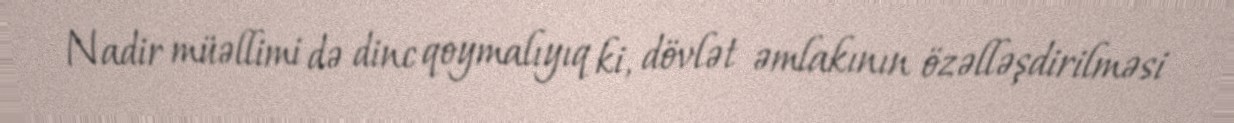
Nadir müəllimi də dinc qoymalıyıq ki, dövlət əmlakının özəlləşdirilməsi